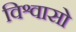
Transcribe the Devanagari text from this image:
विश्वासो